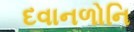
દવાનળોનિ